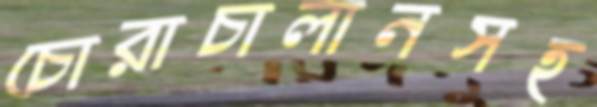
চোরাচালানসহ